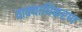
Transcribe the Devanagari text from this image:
वाक्याधिकरण